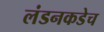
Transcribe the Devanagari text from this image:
लंडनकडेच